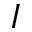
I